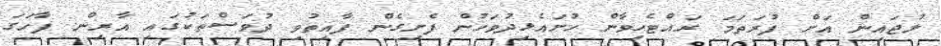
ލުޖައިން އަށް ފުރަތަމަ ރައްޓެހިވާން ހުށައެޅިދުވަހުން ފެށިގެން ފާއިތުވި ދުވަސްތަކުގައި އާރިން ފާހަގަ